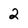
Character: 2